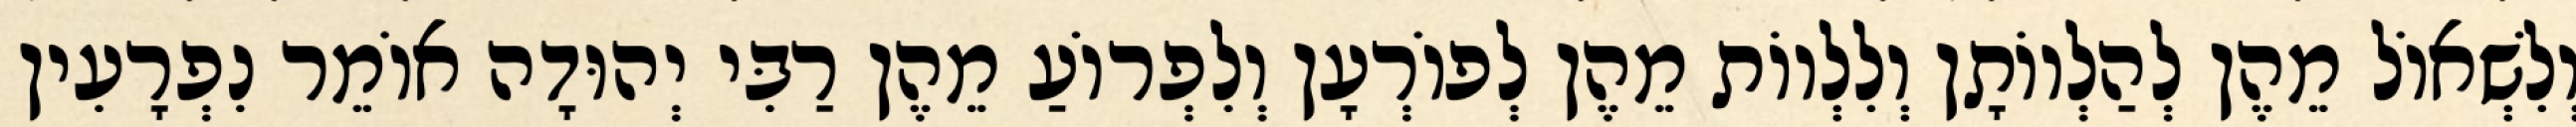
וְלִשְׁאוֹל מֵהֶן לְהַלְווֹתָן וְלִלְווֹת מֵהֶן לְפוֹרְעָן וְלִפְרוֹעַ מֵהֶן רַבִּי יְהוּדָה אוֹמֵר נִפְרָעִין